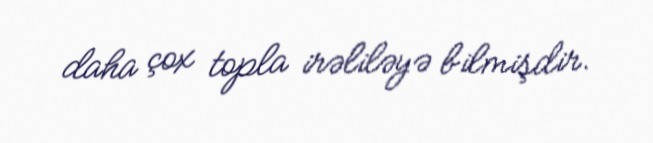
daha çox topla irəliləyə bilmişdir.